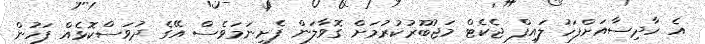
އެ ހާދިސާއަށްފަހު ލައިފް ޖެކެޓް މަޖުބޫރުކުރުމަށް ގޮވާލަން ފެށިނަމަވެސް އޭގެ ދުވަސްކޮޅެއް ފަހުން